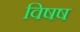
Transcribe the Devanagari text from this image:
विषष